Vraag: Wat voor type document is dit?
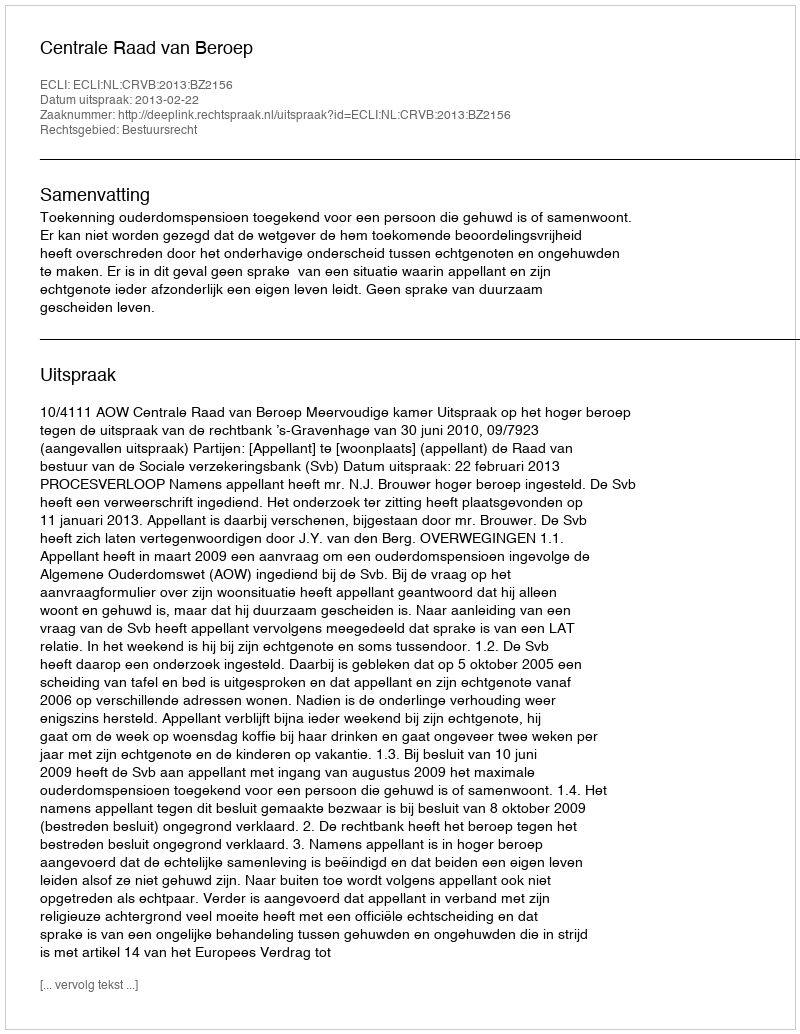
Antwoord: Uitspraak